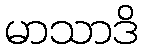
မာသာဒိ